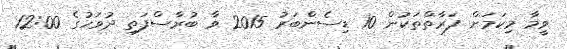
ވީމާ މިކަމަށް ފަރާތްތަކުން 10 ޑިސެންބަރު 2015 ވާ ބުރާސްފަތި ދުވަހުގެ 12:00